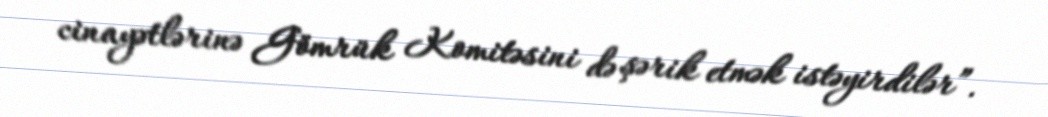
cinayətlərinə Gömrük Komitəsini də şərik etmək istəyirdilər”.